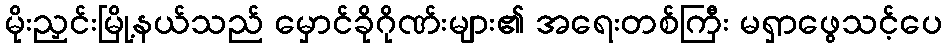
မိုးညှင်းမြို့နယ်သည် မှောင်ခိုဂိုဏ်းများ၏ အရေးတစ်ကြီး မရှာဖွေသင့်ပေ